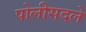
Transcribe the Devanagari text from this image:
पोलीसदले